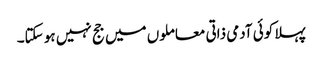
پہلا کوئی آدمی ذاتی معاملوں میں جج نہیں ہو سکتا۔